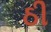
ઠી